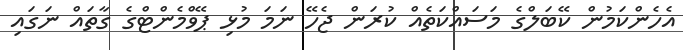
އެހެންކަމުން ކޭބަލްގެ މަސައްކަތެއް ކުރަން ޖެހޭ ނަމަ މުޅި ޕޭވްމެންޓްގެ ގާތައް ނަގައި